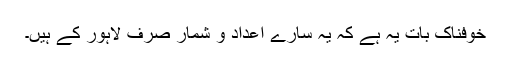
خوفناک بات یہ ہے کہ یہ سارے اعداد و شمار صرف لاہور کے ہیں۔